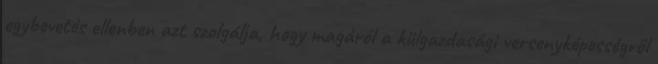
egybevetés ellenben azt szolgálja, hogy magáról a külgazdasági versenyképességről